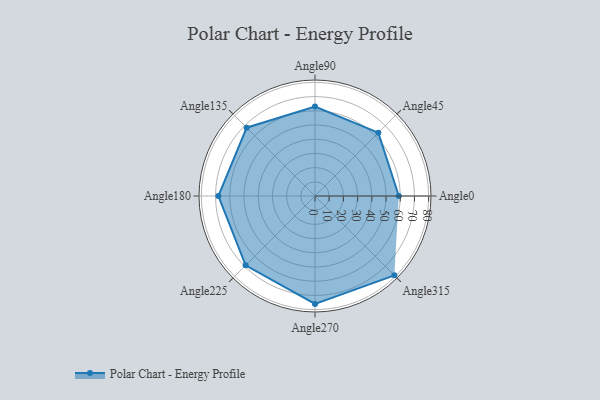
{"axis": {"x": "Angle", "y": "Radius"}, "legend": [""], "data": [{"x": "Angle0", "y": 59.0, "type": ""}, {"x": "Angle45", "y": 63.0, "type": ""}, {"x": "Angle90", "y": 63.0, "type": ""}, {"x": "Angle135", "y": 68.0, "type": ""}, {"x": "Angle180", "y": 68.0, "type": ""}, {"x": "Angle225", "y": 69.0, "type": ""}, {"x": "Angle270", "y": 76.0, "type": ""}, {"x": "Angle315", "y": 79.0, "type": ""}]}